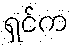
ရှင်က